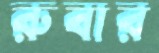
রুবার